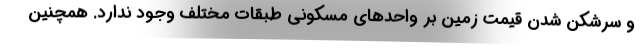
و سرشکن شدن قیمت زمین بر واحدهای مسکونی طبقات مختلف وجود ندارد. همچنین